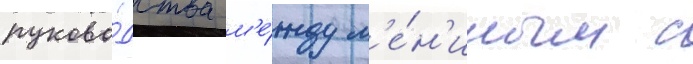
руково́дства м'е́жду л'е́н'иным с